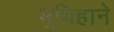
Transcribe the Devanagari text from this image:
मुथिहाने